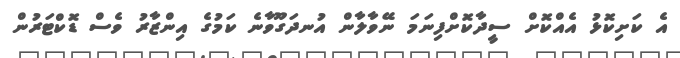
އެ ކަށިކޮޅު އެއްކޮށް ސީދާކޮށްފިނަމަ ނޭވާލާން އުނދަގޫވާނެ ކަމުގެ އިންޒާރު ވެސް ޑޮކްޓަރުން